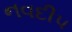
નવદીપ